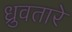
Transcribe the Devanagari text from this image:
ध्रुवतारे